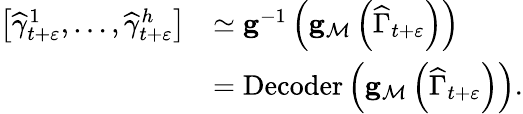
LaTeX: \begin{array}{rl}{\left[\widehat{\gamma}_{t+\varepsilon}^{1},\ldots,\widehat{\gamma}_{t+\varepsilon}^{h}\right]}&{\simeq\mathbf{g}^{-1}\left(\mathbf{g}_{\mathcal{M}}\left(\widehat{\Gamma}_{t+\varepsilon}\right)\right)}\\ &{=\operatorname{Decoder}\left(\mathbf{g}_{\mathcal{M}}\left(\widehat{\Gamma}_{t+\varepsilon}\right)\right).}\end{array}